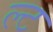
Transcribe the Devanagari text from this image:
ल्ट